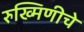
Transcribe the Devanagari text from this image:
रुख्मिणीचे